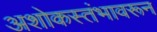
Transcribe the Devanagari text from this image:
अशोकस्तंभावरून